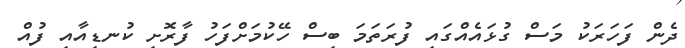
ދެން ފަހަރަކު މަސް ގުޅައެއްގައި ފުރަތަމަ ބިސް ހޭކުމަށްފަހު ފާރޮށި ކުނޑިއާއި ފުއް